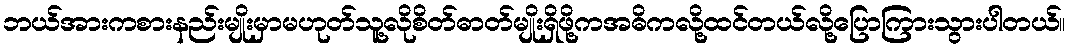
ဘယ်အားကစားနည်းမျိုးမှာမဟုတ်သူ့လိုစိတ်ဓာတ်မျိုးရှိဖို့ကအဓိကလို့ထင်တယ်လို့ပြောကြားသွားပါတယ်။